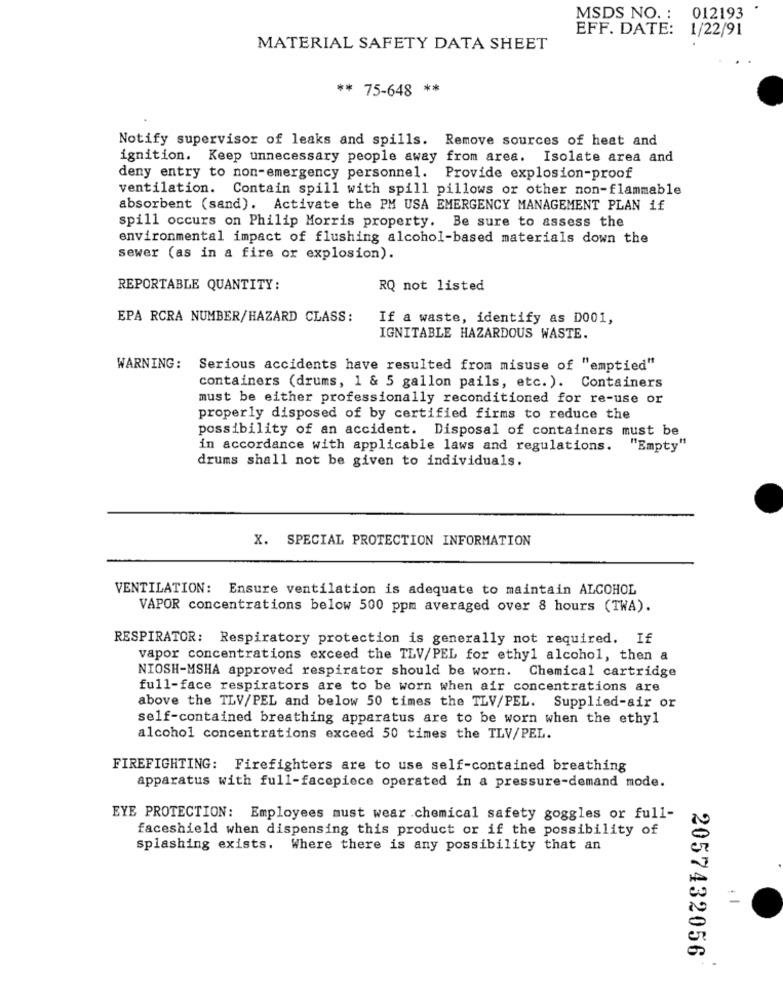
MSDS NO. : 012193
EFF. DATE: 1/22/91
MATERIAL SAFETY DATA SHEET
** 75-648 **
Notify supervisor of leaks and spills. Remove sources of heat and
ignition. Keep unnecessary people away from area. Isolate area and
deny entry to non-emergency personnel.
Provide explosion-proof
ventilation. Contain spill with spill pillows or other non-flammable
absorbent (sand). Activate the PM USA EMERGENCY MANAGEMENT PLAN if
spill occurs on Philip Morris property. Be sure to assess the
environmental impact of flushing alcohol-based materials down the
sewer (as in a fire or explosion).
REPORTABLE QUANTITY:
RQ not listed
EPA RCRA NUMBER/HAZARD CLASS:
If a waste, identify as D001,
IGNITABLE HAZARDOUS WASTE.
WARNING:
Serious accidents have resulted from misuse of "emptied"
containers (drums, 1 & 5 gallon pails, etc. ). Containers
must be either professionally reconditioned for re-use or
properly disposed of by certified firms to reduce the
possibility of an accident. Disposal of containers must be
in accordance with applicable laws and regulations. "Empty"
drums shall not be given to individuals.
X. SPECIAL PROTECTION INFORMATION
VENTILATION: Ensure ventilation is adequate to maintain ALCOHOL
VAPOR concentrations below 500 ppm averaged over 8 hours (TWA).
RESPIRATOR: Respiratory protection is generally not required. If
vapor concentrations exceed the TLV/PEL for ethyl alcohol, then a
NIOSH-MSHA approved respirator should be worn. Chemical cartridge
full-face respirators are to be worn when air concentrations are
above the TLV/PEL and below 50 times the TLV/PEL. Supplied-air or
self-contained breathing apparatus are to be worn when the ethy1
alcohol concentrations exceed 50 times the TLV/PEL.
FIREFIGHTING: Firefighters are to use self-contained breathing
apparatus with full-facepiece operated in a pressure-demand mode.
EYE PROTECTION: Employees must wear .chemical safety goggles or full-
faceshield when dispensing this product or if the possibility of
splashing exists. Where there is any possibility that an
2057432056